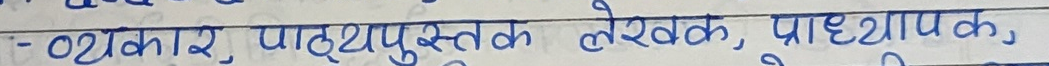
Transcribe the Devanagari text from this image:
- थेकर, पाठ्यपुस्तक लेखक, प्राध्यापक,